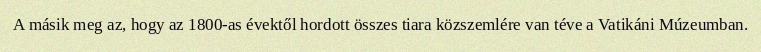
A másik meg az, hogy az 1800-as évektől hordott összes tiara közszemlére van téve a Vatikáni Múzeumban.